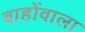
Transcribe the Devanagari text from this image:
बाहोंवाला